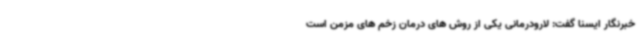
خبرنگار ایسنا گفت: لارودرمانی یکی از روش های درمان زخم های مزمن است